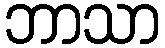
ဘာသာ